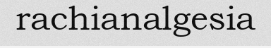
rachianalgesia